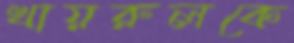
খায়রুলকে